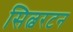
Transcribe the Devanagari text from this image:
सिल्वरटन